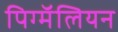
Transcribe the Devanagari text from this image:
पिग्मॅलियन